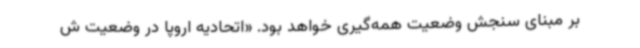
بر مبنای سنجش وضعیت همه‌گیری خواهد بود. «اتحادیه اروپا در وضعیت ش